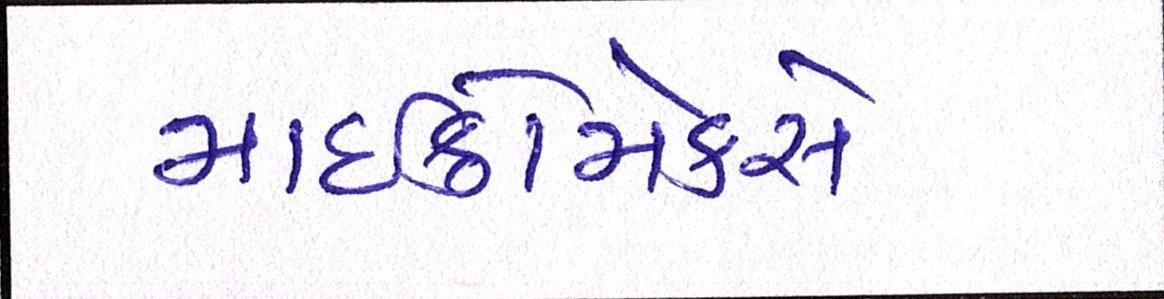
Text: માઈક્રોમેક્સે